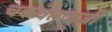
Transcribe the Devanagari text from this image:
चकवेताद्ज़ी